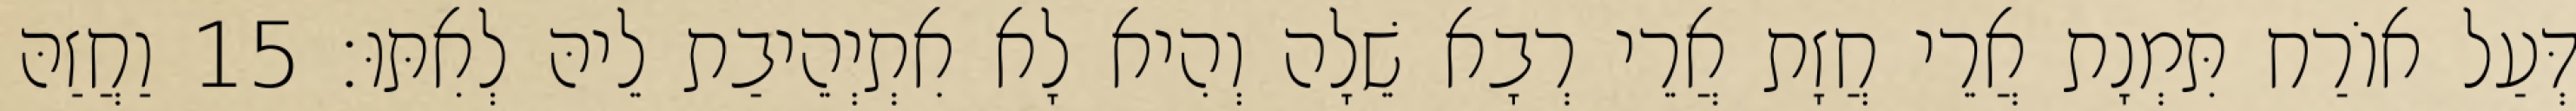
דְּעַל אוֹרַח תִּמְנָת אֲרֵי חֲזָת אֲרֵי רְבָא שֵׁלָה וְהִיא לָא אִתְיְהֵיבַת לֵיהּ לְאִתּוּ׃ 15 וַחֲזַהּ